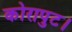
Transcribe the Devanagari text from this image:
कोरापुट।